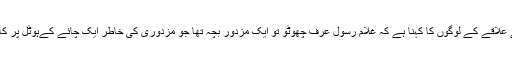
چھوٹو کے علاقے کے لوگوں کا کہنا ہے کہ غلام رسول عرف چھوٹو تو ایک مزدور بچہ تھا جو مزدوری کی خاطر ایک چائے کےہوٹل پر کام کرتا تھا۔